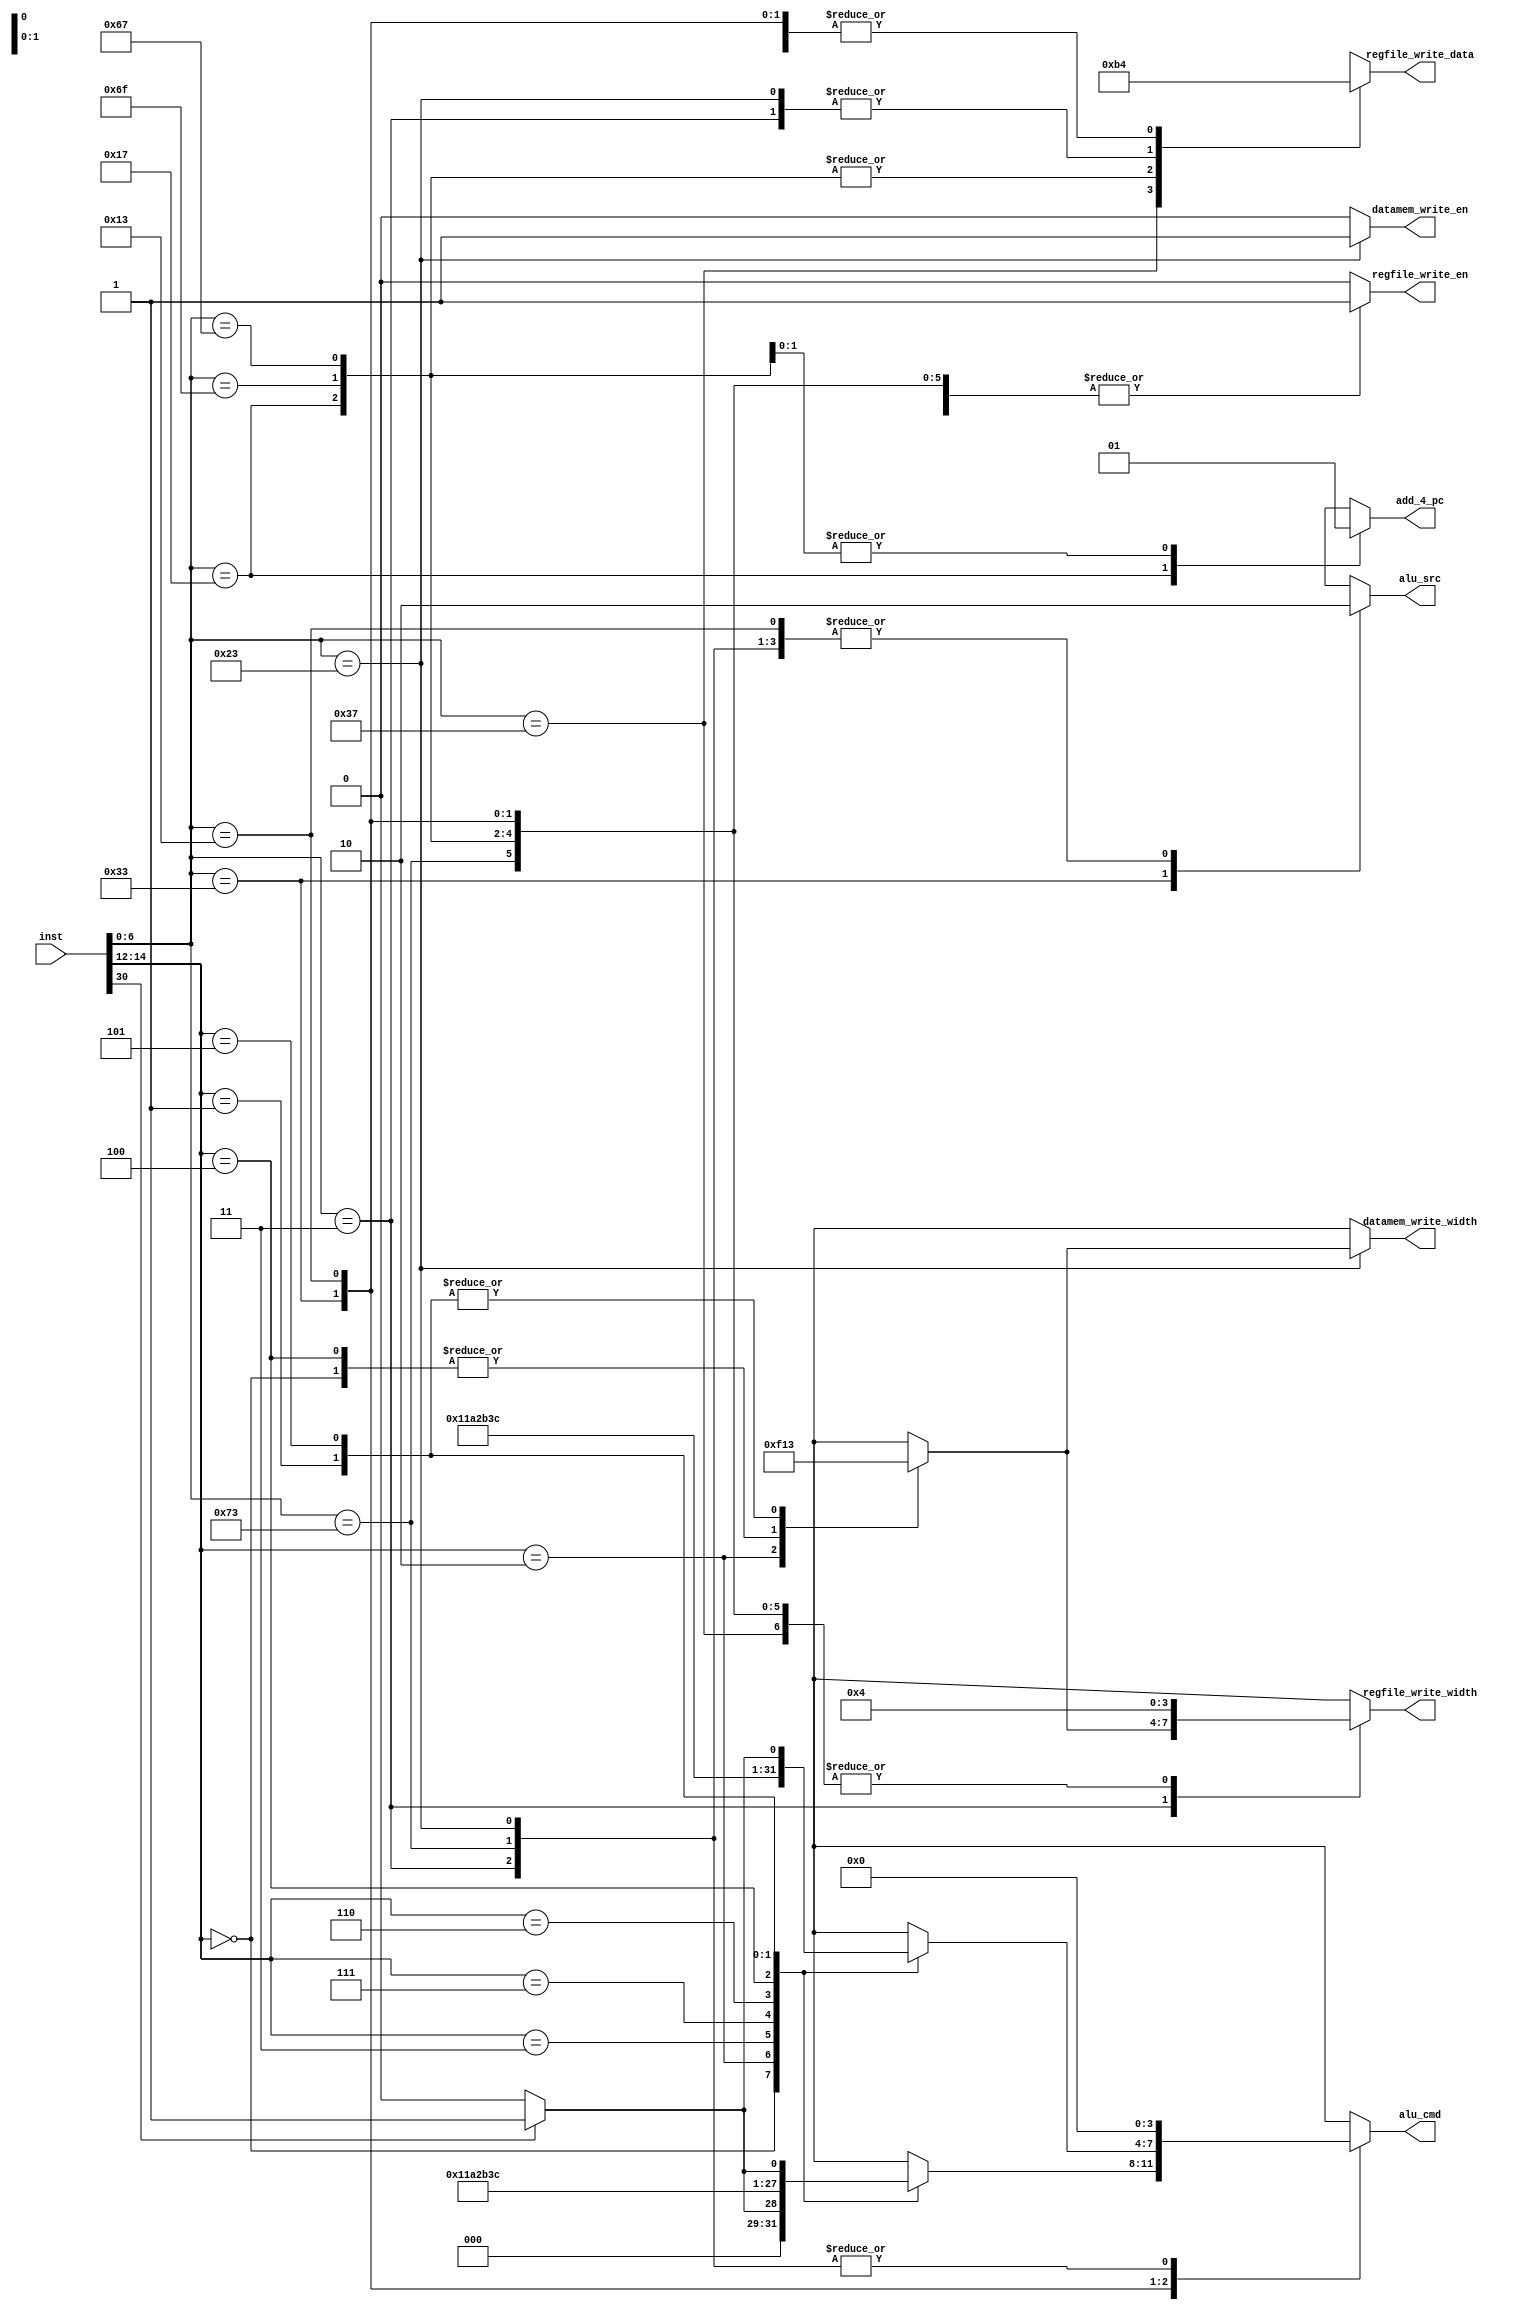
`define OPCODE_OP       7'b0110011
`define OPCODE_OP_IMM   7'b0010011
`define OPCODE_LUI      7'b0110111
`define OPCODE_AUIPC    7'b0010111
`define OPCODE_JAL      7'b1101111
`define OPCODE_JALR     7'b1100111
`define OPCODE_BRANCH   7'b1100011
`define OPCODE_LOAD     7'b0000011
`define OPCODE_STORE    7'b0100011
`define OPCODE_SYSTEM   7'b1110011

`define FUNCT3_OP_ADD       3'b000
`define FUNCT3_OP_SUB       3'b000
`define FUNCT3_OP_SLL       3'b001
`define FUNCT3_OP_SLT       3'b010
`define FUNCT3_OP_SLTU      3'b011
`define FUNCT3_OP_XOR       3'b100
`define FUNCT3_OP_SRL       3'b101
`define FUNCT3_OP_SRA       3'b101
`define FUNCT3_OP_OR        3'b110
`define FUNCT3_OP_AND       3'b111

`define FUNCT3_BR_BEQ       3'b000
`define FUNCT3_BR_BNE       3'b001
`define FUNCT3_BR_BLT       3'b100
`define FUNCT3_BR_BGE       3'b101
`define FUNCT3_BR_BLTU      3'b110
`define FUNCT3_BR_BEQU      3'b111

`define FUNCT3_MEM_LB       3'b000
`define FUNCT3_MEM_LH       3'b001
`define FUNCT3_MEM_LW       3'b010
`define FUNCT3_MEM_LBU      3'b100
`define FUNCT3_MEM_LHU      3'b101
`define FUNCT3_MEM_SB       3'b000
`define FUNCT3_MEM_SH       3'b001
`define FUNCT3_MEM_SW       3'b010

`define FUNCT3_SYS_CSRRS    3'b010

`define ALU_CMD_ADD     4'b0000
`define ALU_CMD_SUB     4'b0001
`define ALU_CMD_SLT     4'b0010
`define ALU_CMD_SLTU    4'b0011
`define ALU_CMD_AND     4'b0100
`define ALU_CMD_OR      4'b0101
`define ALU_CMD_XOR     4'b0110
`define ALU_CMD_SLL     4'b0111
`define ALU_CMD_SRL     4'b1000
`define ALU_CMD_SRA     4'b1001

`define REGFILE_DATA_FROM_ALU       2'b00
`define REGFILE_DATA_FROM_DATAMEM   2'b01
`define REGFILE_DATA_FROM_IMM       2'b10
`define REGFILE_DATA_FROM_EXTADDER  2'b11

`define REGISTER_FILE_WRITE_WIDTH_BYTE 4'd1
`define REGISTER_FILE_WRITE_WIDTH_HALF 4'd2
`define REGISTER_FILE_WRITE_WIDTH_WORD 4'd4

`define DATAMEMORY_WRITE_WIDTH_BYTE 4'b0001
`define DATAMEMORY_WRITE_WIDTH_HALF 4'b0011
`define DATAMEMORY_WRITE_WIDTH_WORD 4'b1111

`define ALU_SRC_IMM 1'b0
`define ALU_SRC_RS2 1'b1

module CtrlSignalGen (
    input [31:0] inst,
    // ALU control
    output reg [3:0] alu_cmd,
    output reg alu_src,
    // RegisterFile control
    output reg regfile_write_en,
    output reg [3:0] regfile_write_width,
    output reg [1:0] regfile_write_data,
    // DataMemory control
    output reg datamem_write_en,
    output reg [3:0] datamem_write_width,
    // other control
    output reg add_4_pc
);

    wire [6:0] opcode = inst[6:0];
    wire [2:0] funct3 = inst[14:12];
    wire funct7_important = inst[30];

    function [3:0] alu_cmd_from_funct3_funct7;
        input [2:0] funct3;
        input funct7;
        input is_imm_inst; // boolean
        begin 
            alu_cmd_from_funct3_funct7 = 4'bx;
            case (funct3)

                `FUNCT3_OP_ADD, `FUNCT3_OP_SUB:
                    if (!is_imm_inst && funct7 == 1'b1)
                        alu_cmd_from_funct3_funct7 = `ALU_CMD_SUB; 
                    else
                        alu_cmd_from_funct3_funct7 = `ALU_CMD_ADD;
                `FUNCT3_OP_SLT:  alu_cmd_from_funct3_funct7 = `ALU_CMD_SLT;
                `FUNCT3_OP_SLTU: alu_cmd_from_funct3_funct7 = `ALU_CMD_SLTU;
                `FUNCT3_OP_AND:  alu_cmd_from_funct3_funct7 = `ALU_CMD_AND;
                `FUNCT3_OP_OR:   alu_cmd_from_funct3_funct7 = `ALU_CMD_OR;
                `FUNCT3_OP_XOR:  alu_cmd_from_funct3_funct7 = `ALU_CMD_XOR;
                `FUNCT3_OP_SLL:  alu_cmd_from_funct3_funct7 = `ALU_CMD_SLL;
                `FUNCT3_OP_SRL, `FUNCT3_OP_SRA:
                    if (funct7 == 1'b1)
                        alu_cmd_from_funct3_funct7 = `ALU_CMD_SRA;
                    else
                        alu_cmd_from_funct3_funct7 = `ALU_CMD_SRL;

                default: 
                    alu_cmd_from_funct3_funct7 = 4'bx;
            endcase        
        end
    endfunction

    function [3:0] load_store_width_or_type_from_funct3;
        input [2:0] funct3;
        begin 
            load_store_width_or_type_from_funct3 = 4'bx;
            case (funct3)
                `FUNCT3_MEM_LB: load_store_width_or_type_from_funct3 = `DATAMEMORY_WRITE_WIDTH_BYTE;
                `FUNCT3_MEM_LH: load_store_width_or_type_from_funct3 = `DATAMEMORY_WRITE_WIDTH_HALF;
                `FUNCT3_MEM_LW: load_store_width_or_type_from_funct3 = `DATAMEMORY_WRITE_WIDTH_WORD;
                `FUNCT3_MEM_LBU: load_store_width_or_type_from_funct3 = `DATAMEMORY_WRITE_WIDTH_BYTE;
                `FUNCT3_MEM_LHU: load_store_width_or_type_from_funct3 = `DATAMEMORY_WRITE_WIDTH_HALF;
                `FUNCT3_MEM_SB: load_store_width_or_type_from_funct3 = `DATAMEMORY_WRITE_WIDTH_BYTE;
                `FUNCT3_MEM_SH: load_store_width_or_type_from_funct3 = `DATAMEMORY_WRITE_WIDTH_HALF;
                `FUNCT3_MEM_SW: load_store_width_or_type_from_funct3 = `DATAMEMORY_WRITE_WIDTH_WORD;
                default: load_store_width_or_type_from_funct3 = 4'bx;
            endcase
        end
    endfunction

    always @(*) begin 

        case (opcode)

            `OPCODE_OP: begin 
                // ALU control
                alu_cmd = alu_cmd_from_funct3_funct7(funct3, funct7_important, 0);
                alu_src = `ALU_SRC_RS2;
                // RegisterFile control
                regfile_write_en = 1;
                regfile_write_width = `REGISTER_FILE_WRITE_WIDTH_WORD;
                regfile_write_data = `REGFILE_DATA_FROM_ALU;
                // DataMemory control
                datamem_write_en = 0;
                datamem_write_width = 4'bx;
                // other control
                add_4_pc = 1'bx;
            end

            `OPCODE_OP_IMM: begin
                // ALU control
                alu_cmd = alu_cmd_from_funct3_funct7(funct3, funct7_important, 1);
                alu_src = `ALU_SRC_IMM;
                // RegisterFile control
                regfile_write_en = 1;
                regfile_write_width = `REGISTER_FILE_WRITE_WIDTH_WORD;
                regfile_write_data = `REGFILE_DATA_FROM_ALU;
                // DataMemory control
                datamem_write_en = 0;
                datamem_write_width = 4'bx;
                // other control
                add_4_pc = 1'bx;
            end

            `OPCODE_LUI: begin 
                // ALU control
                alu_cmd = 4'bx;
                alu_src = 1'bx;
                // RegisterFile control
                regfile_write_en = 1;
                regfile_write_width = `REGISTER_FILE_WRITE_WIDTH_WORD;
                regfile_write_data = `REGFILE_DATA_FROM_IMM;
                // DataMemory control
                datamem_write_en = 0;
                datamem_write_width = 4'bx;
                // other control
                add_4_pc = 1'bx;
            end

            `OPCODE_AUIPC: begin 
                // ALU control
                alu_cmd = 4'bx;
                alu_src = 1'bx;
                // RegisterFile control
                regfile_write_en = 1;
                regfile_write_width = `REGISTER_FILE_WRITE_WIDTH_WORD;
                regfile_write_data = `REGFILE_DATA_FROM_EXTADDER;
                // DataMemory control
                datamem_write_en = 0;
                datamem_write_width = 4'bx;
                // other control
                add_4_pc = 1'b0;
            end

            `OPCODE_JAL: begin 
                // ALU control
                alu_cmd = 4'bx;
                alu_src = 1'bx;
                // RegisterFile control
                regfile_write_en = 1;
                regfile_write_width = `REGISTER_FILE_WRITE_WIDTH_WORD;
                regfile_write_data = `REGFILE_DATA_FROM_EXTADDER;
                // DataMemory control
                datamem_write_en = 0;
                datamem_write_width = 4'bx;
                // other control
                add_4_pc = 1'b1;
            end

            `OPCODE_JALR: begin 
                // ALU control
                alu_cmd = 4'bx;
                alu_src = 1'bx;
                // RegisterFile control
                regfile_write_en = 1;
                regfile_write_width = `REGISTER_FILE_WRITE_WIDTH_WORD;
                regfile_write_data = `REGFILE_DATA_FROM_EXTADDER;
                // DataMemory control
                datamem_write_en = 0;
                datamem_write_width = 4'bx;
                // other control
                add_4_pc = 1'b1;
            end

            `OPCODE_BRANCH: begin 
                // ALU control
                alu_cmd = 4'bx;
                alu_src = 1'bx;
                // RegisterFile control
                regfile_write_en = 0;
                regfile_write_width = 4'bx;
                regfile_write_data = 2'bx;
                // DataMemory control
                datamem_write_en = 0;
                datamem_write_width = 4'bx;
                // other control
                add_4_pc = 1'bx;
            end

            `OPCODE_LOAD: begin 
                // ALU control
                alu_cmd = `ALU_CMD_ADD;
                alu_src = `ALU_SRC_IMM;
                // RegisterFile control
                regfile_write_en = 1;
                regfile_write_width = load_store_width_or_type_from_funct3(funct3);
                regfile_write_data = `REGFILE_DATA_FROM_DATAMEM;
                // DataMemory control
                datamem_write_en = 0;
                datamem_write_width = 4'bx;
                // other control
                add_4_pc = 1'bx;
            end

            `OPCODE_STORE: begin
                // ALU control
                alu_cmd = `ALU_CMD_ADD;
                alu_src = `ALU_SRC_IMM;
                // RegisterFile control
                regfile_write_en = 0;
                regfile_write_width = 4'bx;
                regfile_write_data = `REGFILE_DATA_FROM_DATAMEM;
                // DataMemory control
                datamem_write_en = 1;
                datamem_write_width = load_store_width_or_type_from_funct3(funct3);
                // other control
                add_4_pc = 1'bx;
            end

            // for Zicntr extension, assume rdcycle, rdtime and rdinstret is similar 
            // to addi <rd>, x0, <csr_value>
            `OPCODE_SYSTEM: begin
                // ALU control
                alu_cmd = `ALU_CMD_ADD;
                alu_src = `ALU_SRC_IMM;
                // RegisterFile control
                regfile_write_en = 1;
                regfile_write_width = `REGISTER_FILE_WRITE_WIDTH_WORD;
                regfile_write_data = `REGFILE_DATA_FROM_ALU;
                // DataMemory control
                datamem_write_en = 0;
                datamem_write_width = 4'bx;
                // other control
                add_4_pc = 1'bx;
            end

            default: begin
                // ALU control
                alu_cmd = 4'bx;
                alu_src = 1'bx;
                // RegisterFile control
                regfile_write_en = 0;
                regfile_write_width = 4'bx;
                regfile_write_data = 2'bx;
                // DataMemory control
                datamem_write_en = 0;
                datamem_write_width = 4'bx;
                // other control
                add_4_pc = 1'bx;
            end

        endcase

    end

endmodule